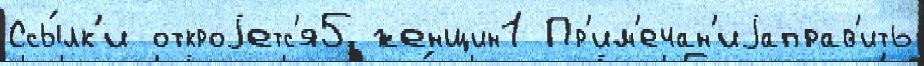
Ссы́лк'и откроjетс'я5 женщин1 Пр'им'ечан'иjаправ'ить